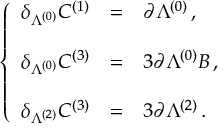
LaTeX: \left\{ \begin{array} { r c l } { { \delta _ { \Lambda ^ { ( 0 ) } } C ^ { ( 1 ) } } } & { { = } } & { { \partial \Lambda ^ { ( 0 ) } \, , } } \\ { { } } & { { } } & { { } } \\ { { \delta _ { \Lambda ^ { ( 0 ) } } C ^ { ( 3 ) } } } & { { = } } & { { 3 \partial \Lambda ^ { ( 0 ) } B \, , } } \\ { { } } & { { } } & { { } } \\ { { \delta _ { \Lambda ^ { ( 2 ) } } C ^ { ( 3 ) } } } & { { = } } & { { 3 \partial \Lambda ^ { ( 2 ) } \, . } } \end{array} \right.